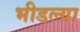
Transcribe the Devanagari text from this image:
भीडल्या